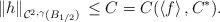
LaTeX: \begin{align*}\left\|h\right\|_{\mathcal{C}^{2,\gamma}(B_{1/2})}\,\leq C=C(\left\langle f\right\rangle, C^*).\end{align*}